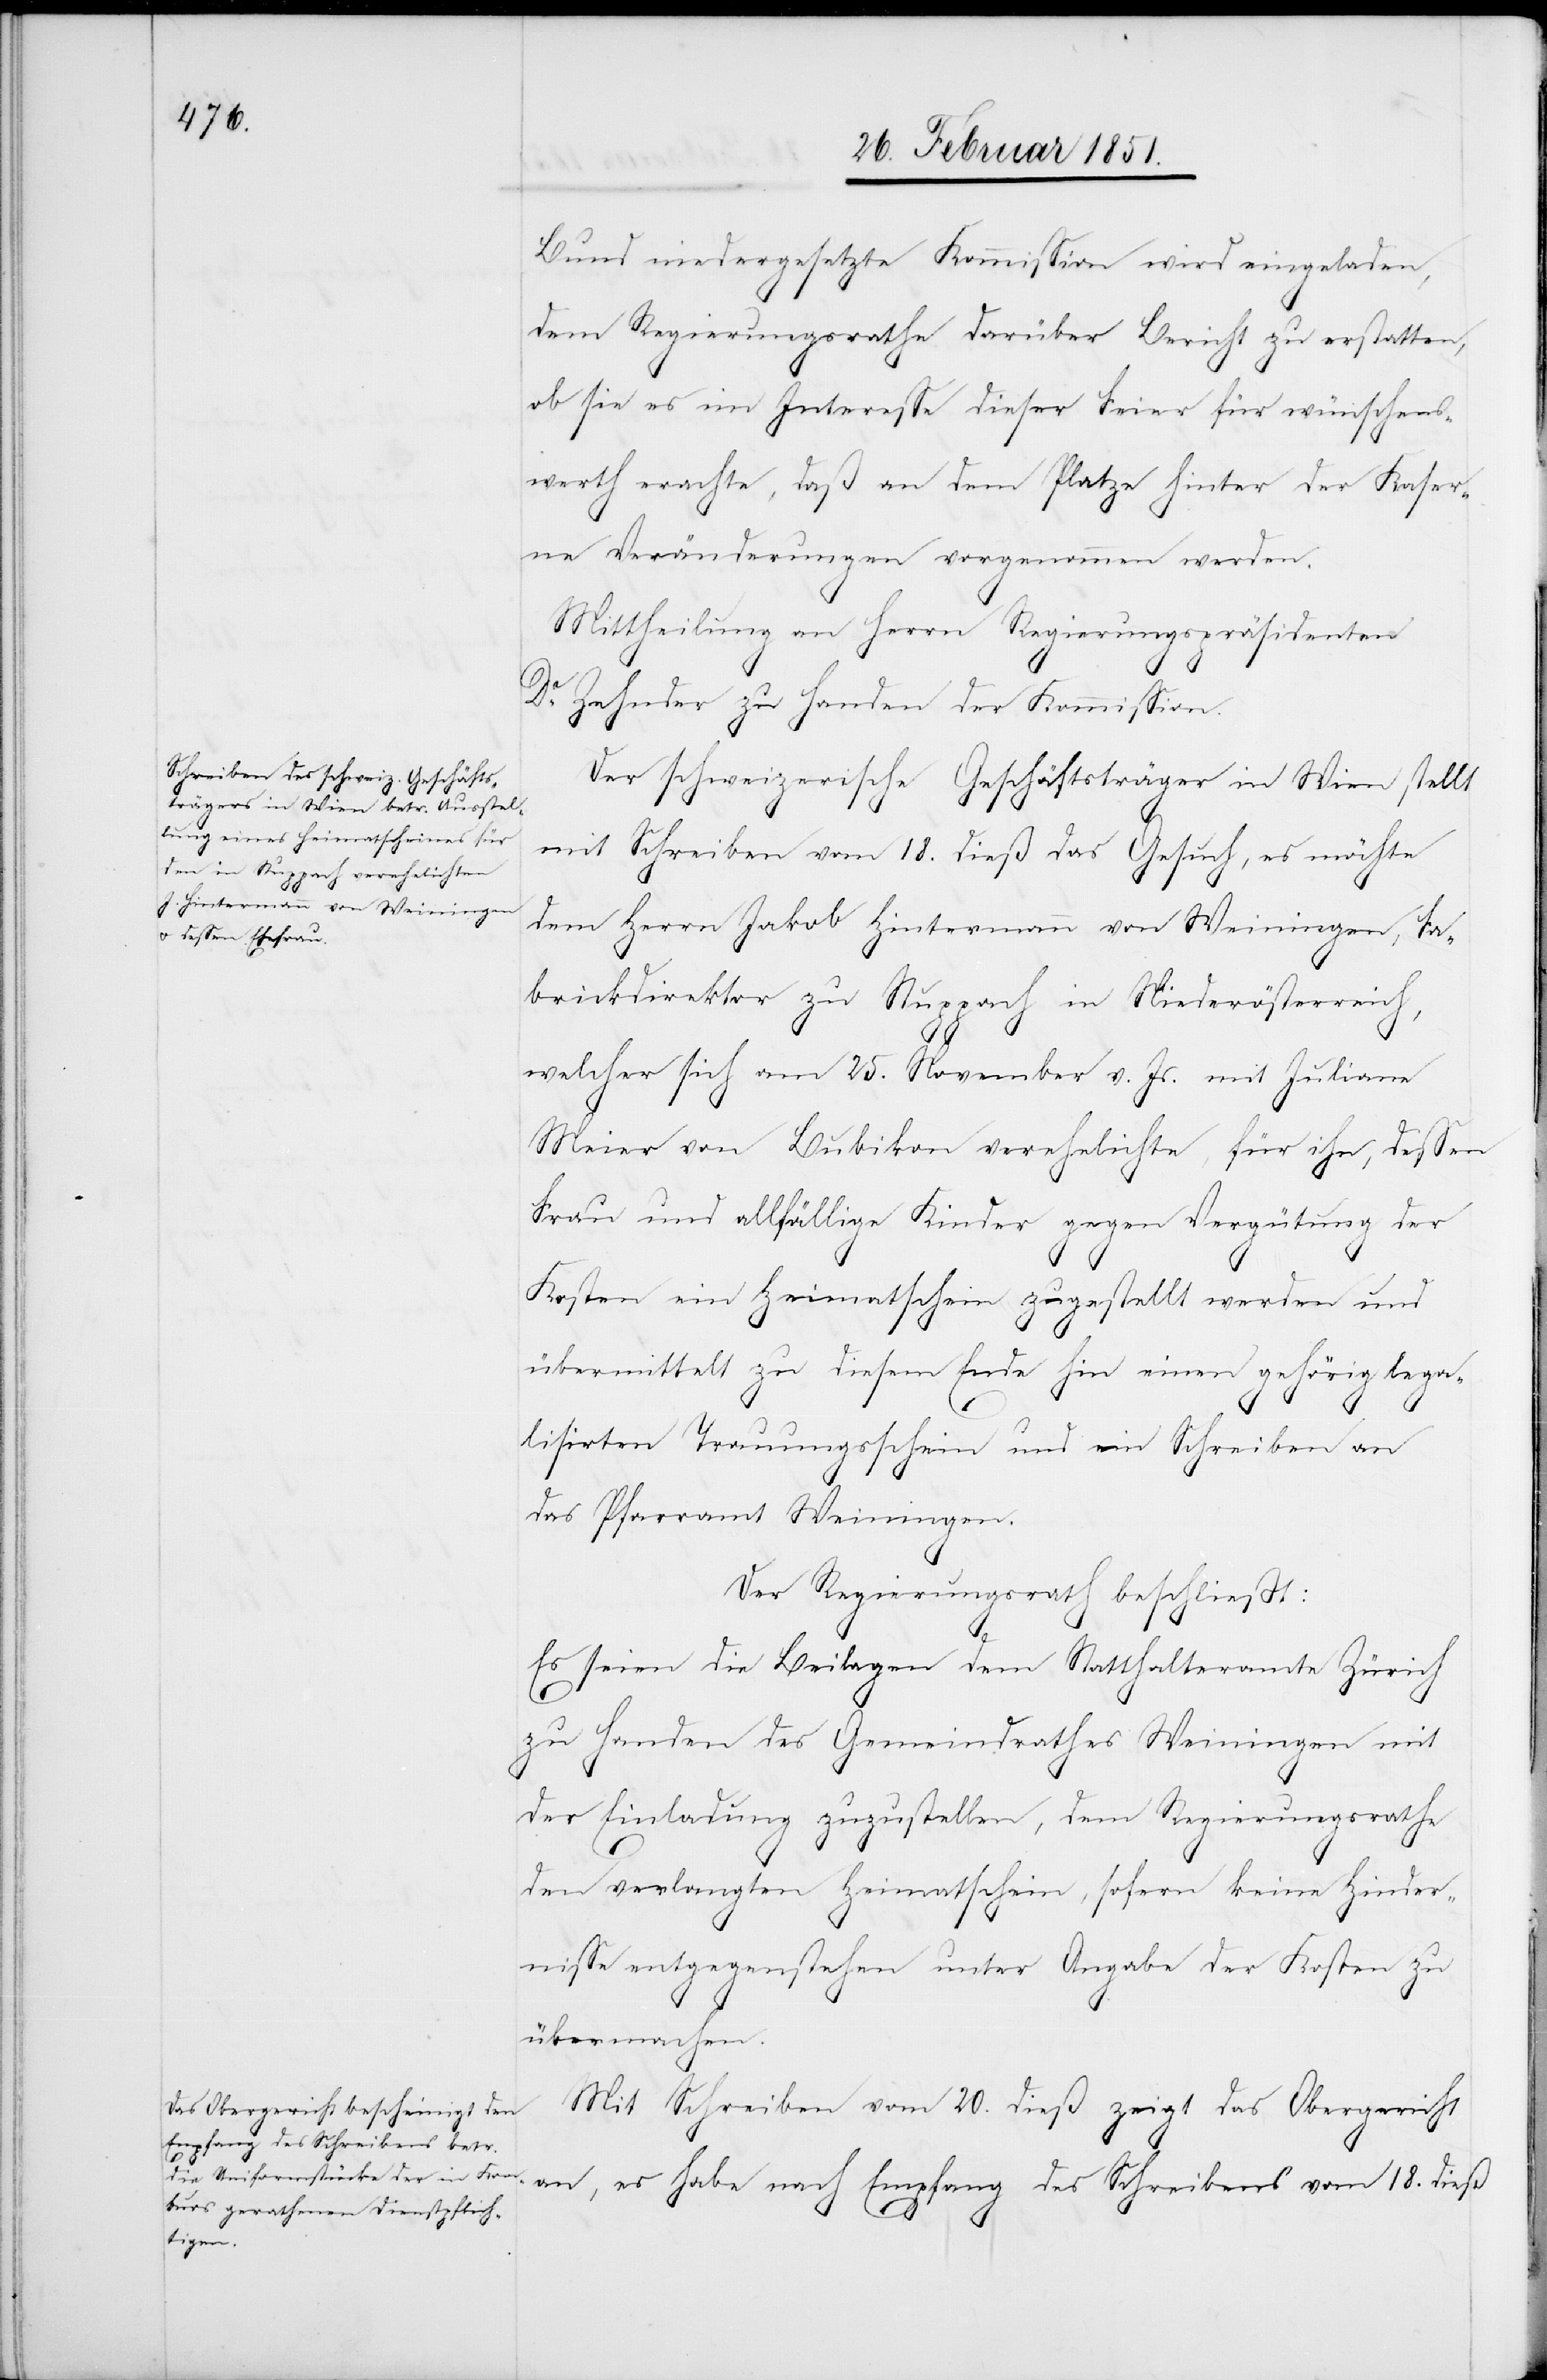
Bund niedergesetzte Kommission wird eingeladen,
dem Regierungsrathe darüber Bericht zu erstatten,
ob sie es im Interesse dieser Feier für wünschens¬
werth erachte, daß an dem Platze hinter der Kaser¬
ne Veränderungen vorgenommen werden.
Mittheilung an Herrn Regierungspräsidenten
Dr. Zehnder zu Handen der Kommission.
Der schweizerische Geschäftsträger in Wien stellt
mit Schreiben vom 18. dieß das Gesuch, es möchte
dem Herrn Jakob Hintermann von Weiningen, Fa¬
brickdirektor zu Stuppach in Niederösterreich,
welcher sich am 25. November v. Js. mit Juliane
Meier von Bubikon verehelichte, für ihn, dessen
Frau und allfällige Kinder gegen Vergütung der
Kosten ein Heimatschein zugestellt werden und
übermittelt zu diesem Ende hin einen gehörig lega¬
lisirten Trauungsschein und ein Schreiben an
das Pfarramt Weiningen.
18.
Der Regierungsrath beschließt:
Es seien die Beilagen dem Statthalteramte Zürich
zu Handen des Gemeindrathes Weiningen mit
der Einladung zuzustellen, dem Regierungsrathe
den verlangten Heimatschein, sofern keine Hinder¬
nisse entgegenstehen unter Angabe der Kosten zu
übermachen.
Mit Schreiben vom 20. dieß zeigt das Obergericht
Empfang des Schreibens vo¬
m
dieß